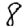
Digit: 8